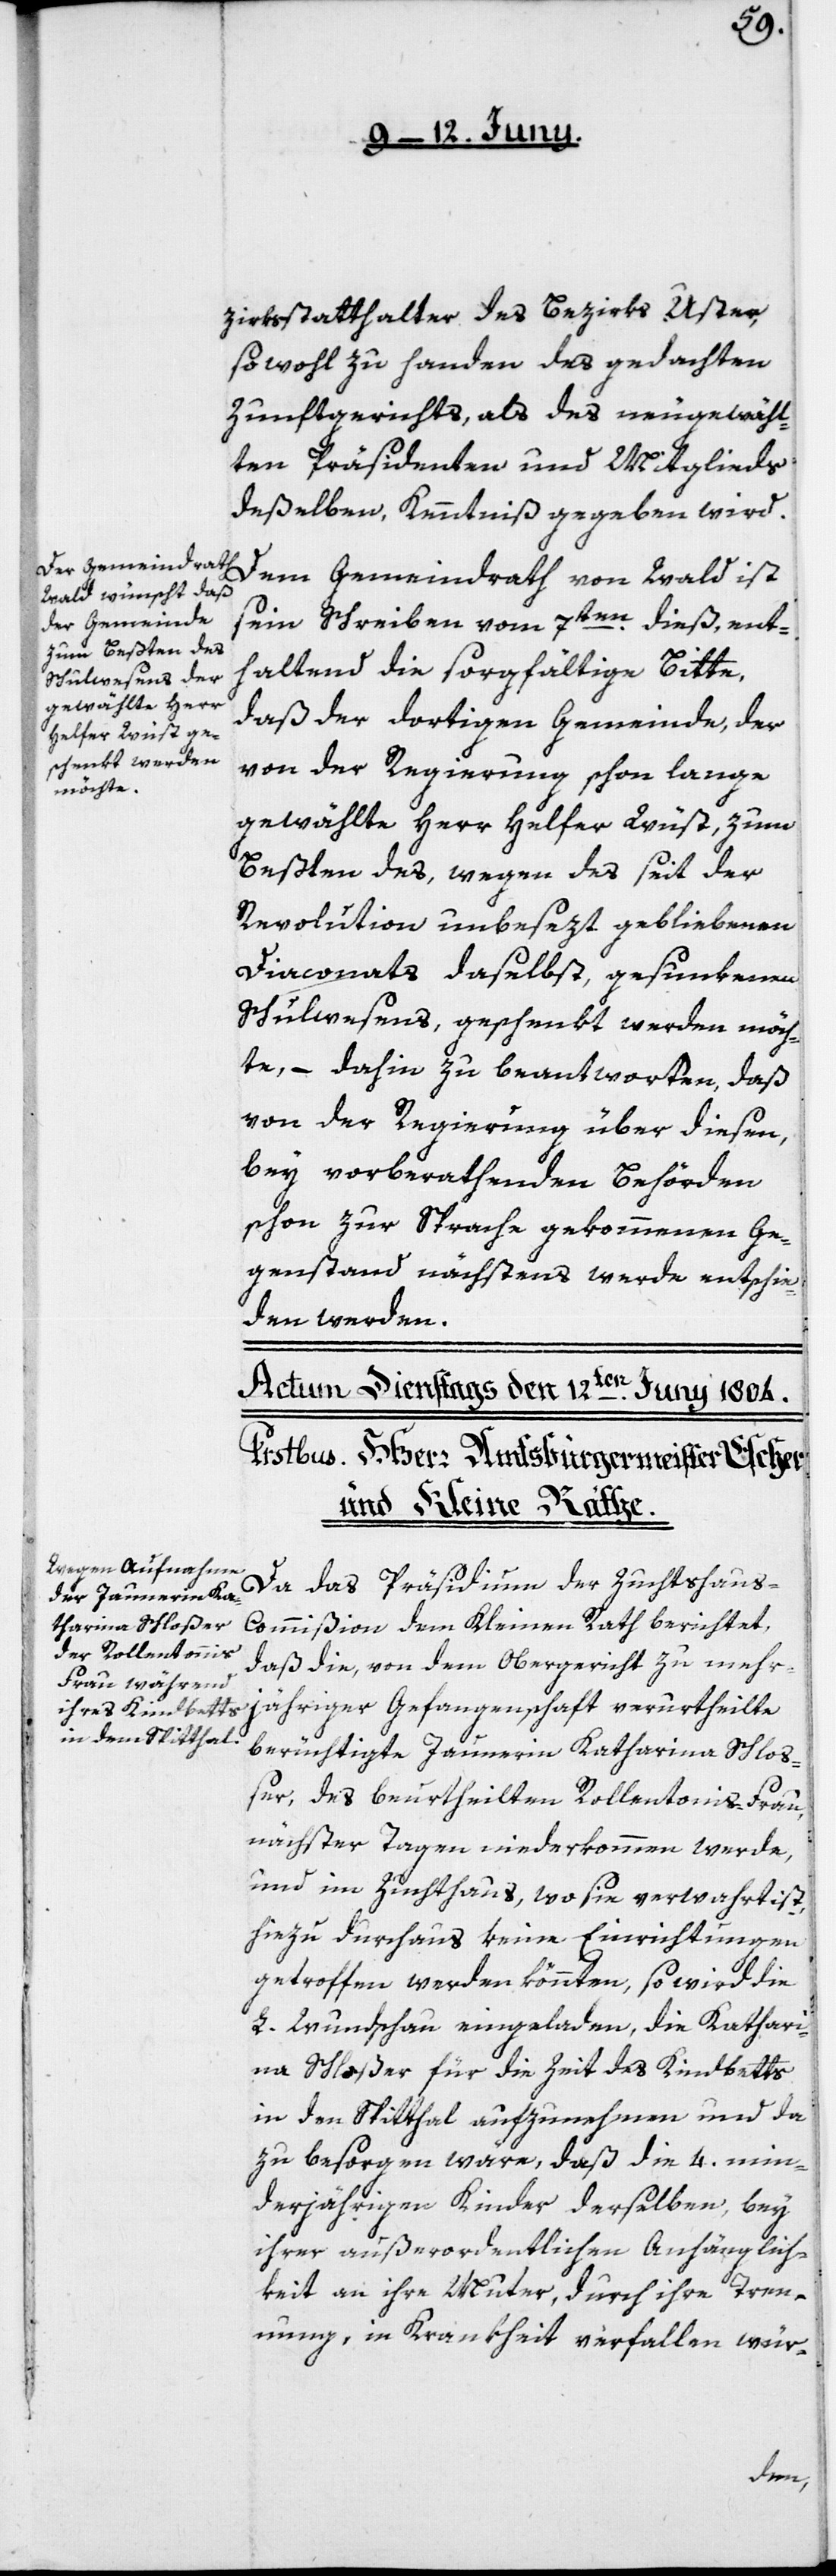
zirksstatthalter des Bezirks Uster,
sowohl zu Handen des gedachten
Zunftgerichts, als des neu gewähl¬
ten Präsidenten und Mitglieds
deßelben, Kenntniß gegeben wird.
Dem Gemeindrath von Wald ist
sein Schreiben vom 7ten dieß, ent¬
haltend die sorgfältige Bitte,
daß der dortigen Gemeinde, der
von der Regierung schon lange
gewählte Herr Helfer Wüst, zum
Beßten des, wegen des seit der
Revolution unbesezt gebliebenen
Diaconats daselbst, gesunkenen
Schulwesens, geschenkt werden möch¬
te, – dahin zu beantworten, daß
von der Regierung über diesen,
bey vorberathenden Behörden
schon zur Sprache gekommenen Ge¬
genstand nächstens werde entschie¬
den werden.
Da das Präsidium der Zuchthaus-C¬
ommißion dem Kleinen Rath berichtet,
daß die, von dem Obergericht zu mehr¬
jähriger Gefangenschaft verurtheilte
berüchtigte Jaunerin Katharina Schloß¬
er, des beurtheilten Rollentonis-Frau,
nächster Tagen niederkommen werde,
und im Zuchthaus, wo sie verwahrt ist,
hiezu durchaus keine Einrichtungen
getroffen werden könnten, so wird die
L. Wundschau eingeladen, die Kathari¬
na Schloßer für die Zeit des Kindbetts
in den Spitthal aufzunehmen und da
zu besorgen wäre, daß die 4. min¬
derjährigen Kinder derselben, bey
ihrer außerordentlichen Anhänglich¬
keit an ihre Muter, durch ihre Tren¬
nung, in Krankheit verfallen wür-